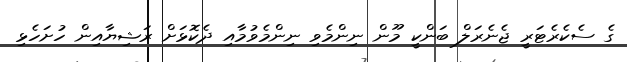
ގެ ސެކެރެޓަރީ ޖެނެރަލް ބަންކީ މޫން ނިންމެވި ނިންމެވުމާއި ދެކޮޅަށް ރަޝިޔާއިން ހުށަހެޅި